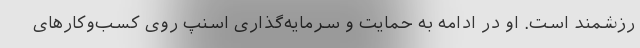
رزشمند است. او در ادامه به حمایت و سرمایه‌گذاری اسنپ روی کسب‌‌وکارهای